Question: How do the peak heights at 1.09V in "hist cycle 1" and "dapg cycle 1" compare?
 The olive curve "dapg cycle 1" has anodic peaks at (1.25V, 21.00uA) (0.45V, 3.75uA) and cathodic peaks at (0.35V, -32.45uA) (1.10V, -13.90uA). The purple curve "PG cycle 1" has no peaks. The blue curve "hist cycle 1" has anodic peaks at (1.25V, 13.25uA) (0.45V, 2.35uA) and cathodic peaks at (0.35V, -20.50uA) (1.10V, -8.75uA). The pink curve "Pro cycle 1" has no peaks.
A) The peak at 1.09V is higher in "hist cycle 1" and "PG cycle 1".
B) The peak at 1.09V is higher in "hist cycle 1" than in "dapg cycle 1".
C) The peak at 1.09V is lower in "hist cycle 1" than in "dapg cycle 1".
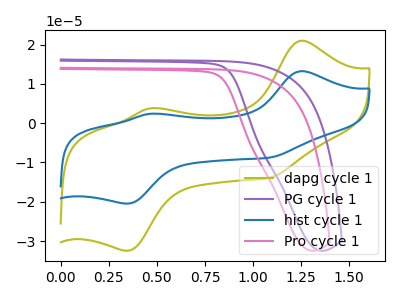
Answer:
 <answer>C) The peak at 1.09V is lower in "hist cycle 1" than in "dapg cycle 1".</answer>
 <eval>C</eval>